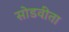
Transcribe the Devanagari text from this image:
सोडवीता